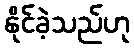
နိုင်ခဲ့သည်ဟု